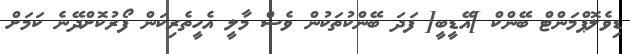
ޑިވެލޮޕްމަންޓް ބޭންކް ]އޭޑީބީ[ ފަދަ ބޭންކުތަކުން ވެސް މާލީ އެހީތެރިކަން ފޯރުކޮށްދޭނެ ކަމަށް